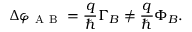
\Delta \varphi _ { \mathrm { ~ A ~ B ~ } } = \frac { q } { \hbar } \Gamma _ { B } \neq \frac { q } { \hbar } \Phi _ { B } .